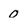
Character: 0